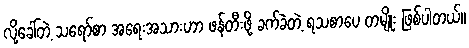
လို့ခေါ်တဲ့ သရော်စာ အရေးအသားဟာ ဖန်တီးဖို့ ခက်ခဲတဲ့ ရသစာပေ တမျိုး ဖြစ်ပါတယ်။